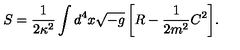
S = \frac { 1 } { 2 \kappa ^ { 2 } } \int { d ^ { 4 } x \sqrt { - g } \left[ R - \frac { 1 } { 2 m ^ { 2 } } C ^ { 2 } \right] } .